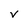
Character: v